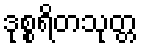
ဒုစ္စရိတသုတ္တ